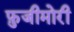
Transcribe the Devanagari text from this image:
फ़ुजीमोरी